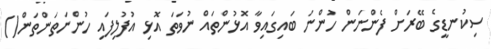
ސިކުނޑީގެ ބޭރަށް ފެންނަން ހުންނަ ބައިގައިވާ އޮޅުންތައް ނުވަތަ އޮޅި އުފުލިފައި ހުންނަތަންތަން()